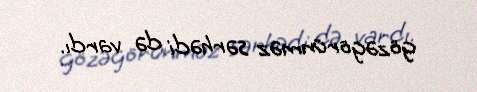
gözəgörünməz sərhədi də vardı.